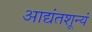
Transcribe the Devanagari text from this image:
आद्यंतशून्यं